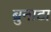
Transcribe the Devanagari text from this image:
ब्रुनाटा